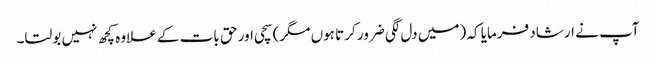
آپ نے ارشاد فرمایا کہ (میں دل لگی ضرور کرتا ہوں مگر) سچی اور حق بات کے علاوہ کچھ نہیں بولتا۔